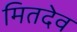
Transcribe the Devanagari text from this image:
मितदेव